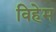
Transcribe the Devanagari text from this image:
विहेम